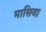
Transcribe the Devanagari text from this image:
मासिवा